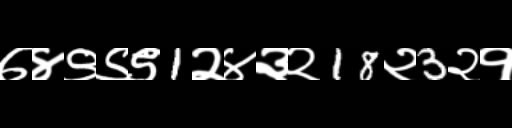
Text: ७४९९९1२४३२18२3२१